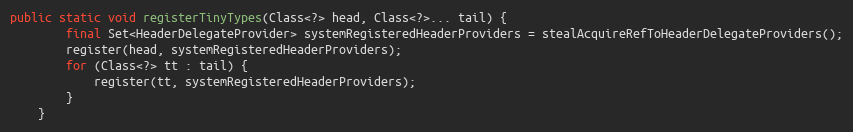
Language: Java
public static void registerTinyTypes(Class<?> head, Class<?>... tail) {
        final Set<HeaderDelegateProvider> systemRegisteredHeaderProviders = stealAcquireRefToHeaderDelegateProviders();
        register(head, systemRegisteredHeaderProviders);
        for (Class<?> tt : tail) {
            register(tt, systemRegisteredHeaderProviders);
        }
    }